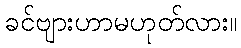
ခင်ဗျားဟာမဟုတ်လား။